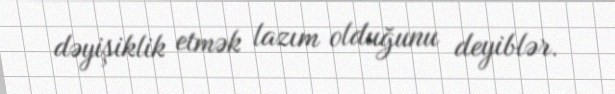
dəyişiklik etmək lazım olduğunu deyiblər.